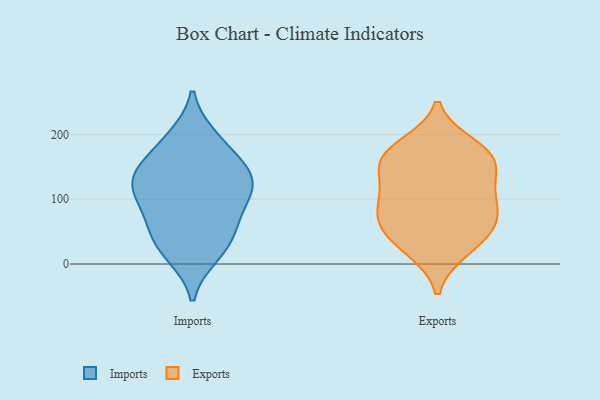
{"axis": {"x": "Net Income (USD K)", "y": "Value"}, "legend": ["Exports", "Imports"], "data": [{"x": "", "y": 143, "type": "Imports"}, {"x": "", "y": 43, "type": "Imports"}, {"x": "", "y": 54, "type": "Imports"}, {"x": "", "y": 14, "type": "Imports"}, {"x": "", "y": 137, "type": "Imports"}, {"x": "", "y": 116, "type": "Imports"}, {"x": "", "y": 122, "type": "Imports"}, {"x": "", "y": 81, "type": "Imports"}, {"x": "", "y": 197, "type": "Imports"}, {"x": "", "y": 164, "type": "Imports"}, {"x": "", "y": 90, "type": "Imports"}, {"x": "", "y": 13, "type": "Imports"}, {"x": "", "y": 126, "type": "Imports"}, {"x": "", "y": 151, "type": "Imports"}, {"x": "", "y": 195, "type": "Imports"}, {"x": "", "y": 104, "type": "Imports"}, {"x": "", "y": 46, "type": "Imports"}, {"x": "", "y": 168, "type": "Exports"}, {"x": "", "y": 68, "type": "Exports"}, {"x": "", "y": 102, "type": "Exports"}, {"x": "", "y": 54, "type": "Exports"}, {"x": "", "y": 156, "type": "Exports"}, {"x": "", "y": 29, "type": "Exports"}, {"x": "", "y": 125, "type": "Exports"}, {"x": "", "y": 159, "type": "Exports"}, {"x": "", "y": 22, "type": "Exports"}, {"x": "", "y": 182, "type": "Exports"}, {"x": "", "y": 80, "type": "Exports"}, {"x": "", "y": 167, "type": "Exports"}, {"x": "", "y": 64, "type": "Exports"}, {"x": "", "y": 107, "type": "Exports"}]}